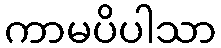
ကာမပိပါသာ